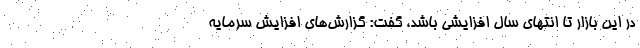
در این بازار تا انتهای سال افزایشی باشد، گفت: گزارش‌های افزایش سرمایه